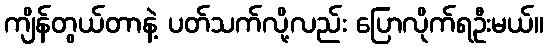
ကျိန်တွယ်တာနဲ့ ပတ်သက်လို့လည်း ပြောလိုက်ရဦးမယ်။